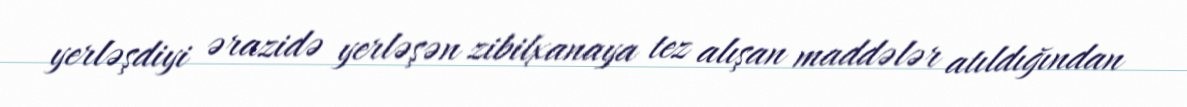
yerləşdiyi ərazidə yerləşən zibilxanaya tez alışan maddələr atıldığından